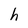
Character: h